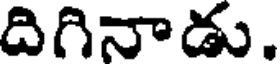
దిగినాడు.